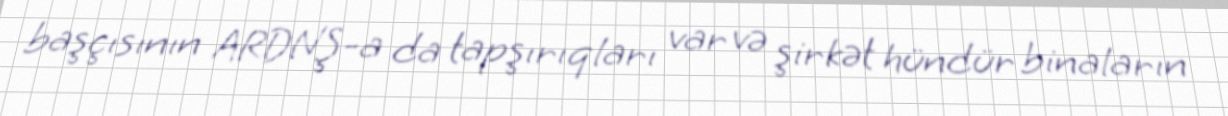
başçısının ARDNŞ-a da tapşırıqları var və şirkət hündür binaların